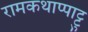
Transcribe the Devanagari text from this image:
रामकथाप्पाट्टु